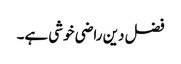
فضل دین راضی خوشی ہے۔